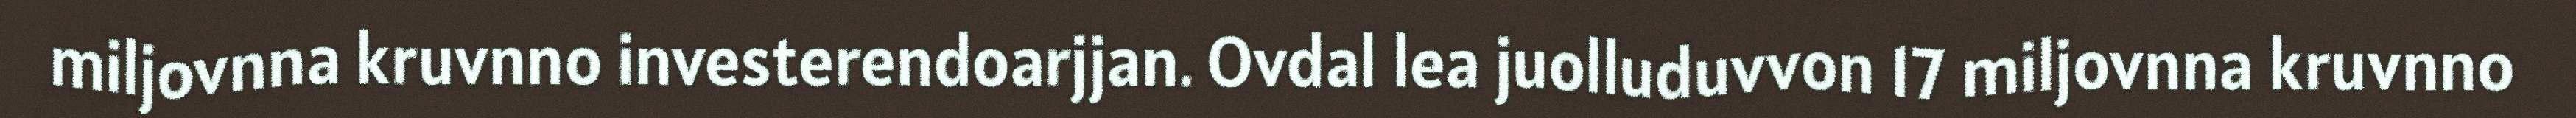
miljovnna kruvnno investerendoarjjan. Ovdal lea juolluduvvon 17 miljovnna kruvnno